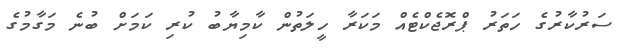
ސަރުކާރުގެ ހަތަރު ޕްރޮޖެކްޓެއް މަކަރާ ހީލަތުން ކާމިޔާބު ކުރި ކަމަށް ބުނެ މަގާމުގެ